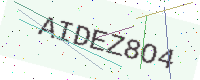
Text: AIDEZ8O4